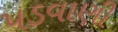
પડવાણી